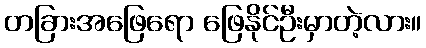
တခြားအဖြေရော ဖြေနိုင်ဦးမှာတဲ့လား။